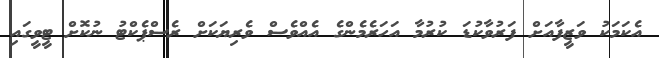
އެކަމަކު ވަޒީފާއަށް ފަރުވާކުޑަ ކުރުމާ އަހަރެމެންގެ އެއްވެސް ވެރިޔަކަށް ރެސްޕެކްޓު ނުކޮށް ޓީވީގައި